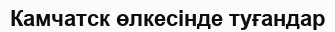
Камчатск өлкесінде туғандар